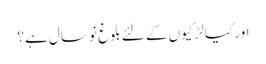
اور کیا لڑکیوں کے لئے بلوغ نو سال ہے؟